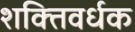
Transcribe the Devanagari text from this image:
शक्‍तिवर्धक